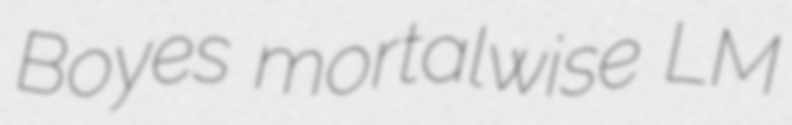
Boyes mortalwise LM